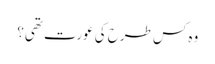
وہ کس طرح کی عورت تھی؟